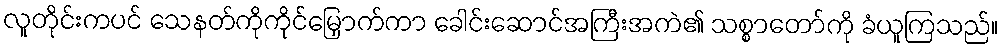
လူတိုင်းကပင် သေနတ်ကိုကိုင်မြှောက်ကာ ခေါင်းဆောင်အကြီးအကဲ၏ သစ္စာတော်ကို ခံယူကြသည်။